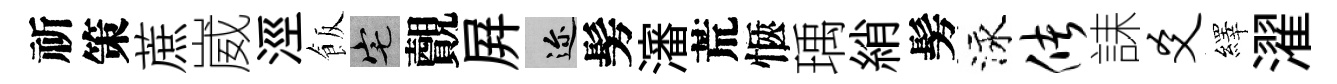
祈策蔗崴涇飯宅覿屛邇髣瀋荒愜瑀綃髣泳储誄爻繹濯